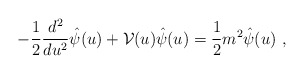
\begin{align*}-{1\over 2} {{d^2} \over du^2} \hat{\psi} (u) + {\cal V} (u) \hat{\psi} (u) = {1\over 2} m^2 \hat{\psi} (u)~,\end{align*}